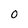
Character: 0